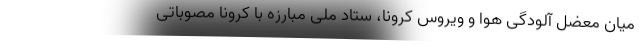
میان معضل آلودگی هوا و ویروس کرونا، ستاد ملی مبارزه با کرونا مصوباتی